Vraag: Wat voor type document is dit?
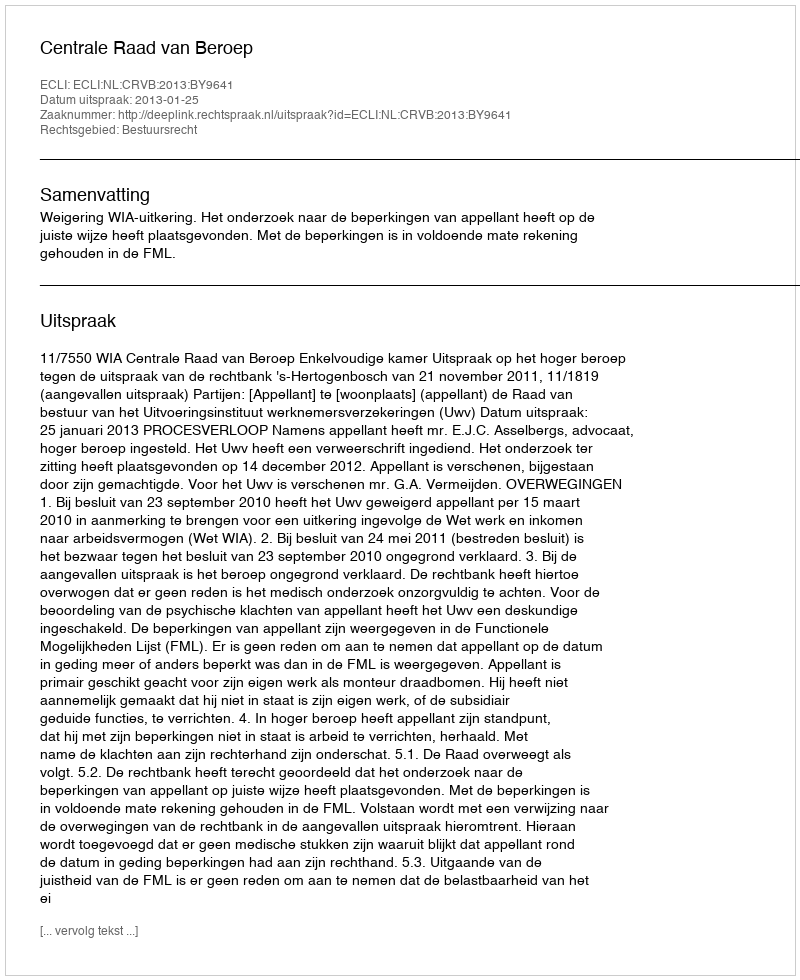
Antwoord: Uitspraak